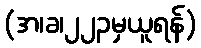
(အ၊ခ၊၂၂၃မှယူရန်)